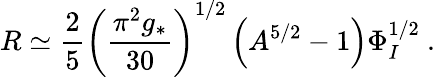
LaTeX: R\simeq\frac{2}{5}\left(\frac{\pi^{2}g_{*}}{30}\right)^{1/2}\left(A^{5/2}-1\right)\Phi_{I}^{1/2}\ .